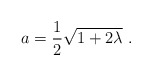
\begin{align*}a =\frac{1}{2} \sqrt{1+2\lambda } \ .\end{align*}